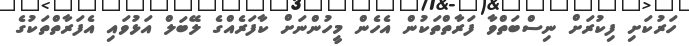
ހަރުކަށި ފިކުރަށް ނިސްބަތްވާ ފަރާތްތަކުން އެެހެން މީހުންނަށް ކާފަރެއްގެ ލޭބަލް އަޅުވައި އެފަރާތްތަކުގެ